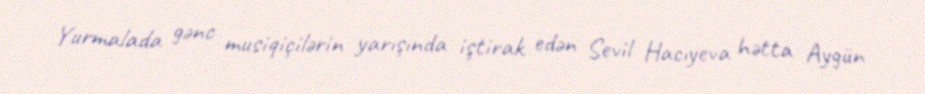
Yurmalada gənc musiqiçilərin yarışında iştirak edən Sevil Hacıyeva hətta Aygün